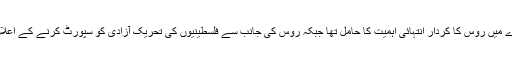
مشعال ملک کا کہنا تھا کہ تاشقند اور شملہ معاہدے میں روس کا کردار انتہائی اہمیت کا حامل تھا جبکہ روس کی جانب سے فلسطینیوں کی تحریک آزادی کو سپورٹ کرنے کے اعلان کے بعد کشمیریوں کو بھی سپورٹ فراہم کرے۔